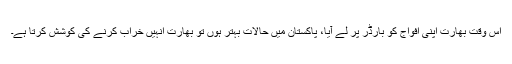
اس وقت بھارت اپنی افواج کو بارڈر پر لے آیا، پاکستان میں حالات بہتر ہوں تو بھارت انہیں خراب کرنے کی کوشش کرتا ہے۔